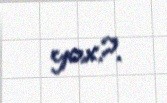
yox?.